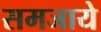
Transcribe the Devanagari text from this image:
समजाये